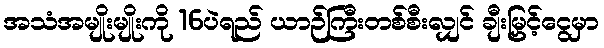
အသံအမျိုးမျိုးကို 16ပဲရည် ယာဉ်ကြီးတစ်စီးလျှင် ချီးမြှင့်ငွေမှာ